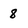
Character: 8